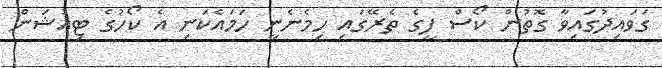
ގަވައިދުގައިވާ ގޮތުން ކޯސް ފީގެ ތެރޭގައި ހިމެނެނީ ހަމައެކަނި އެ ކޯހުގެ ޓިއުޝަން